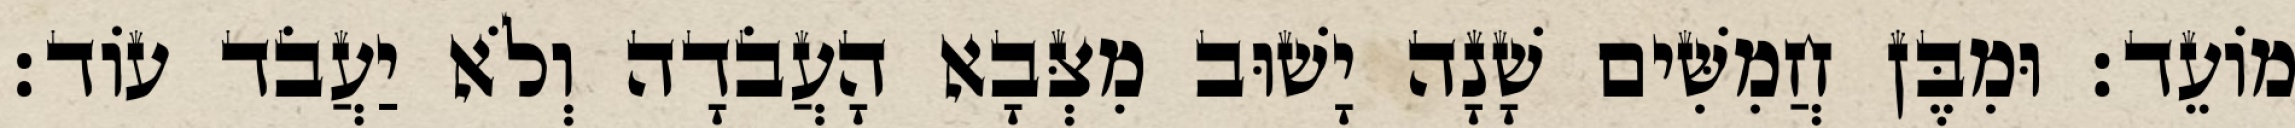
מוֹעֵד׃ וּמִבֶּן חֲמִשִּׁים שָׁנָה יָשׁוּב מִצְּבָא הָעֲבֹדָה וְלֹא יַעֲבֹד עוֹד׃